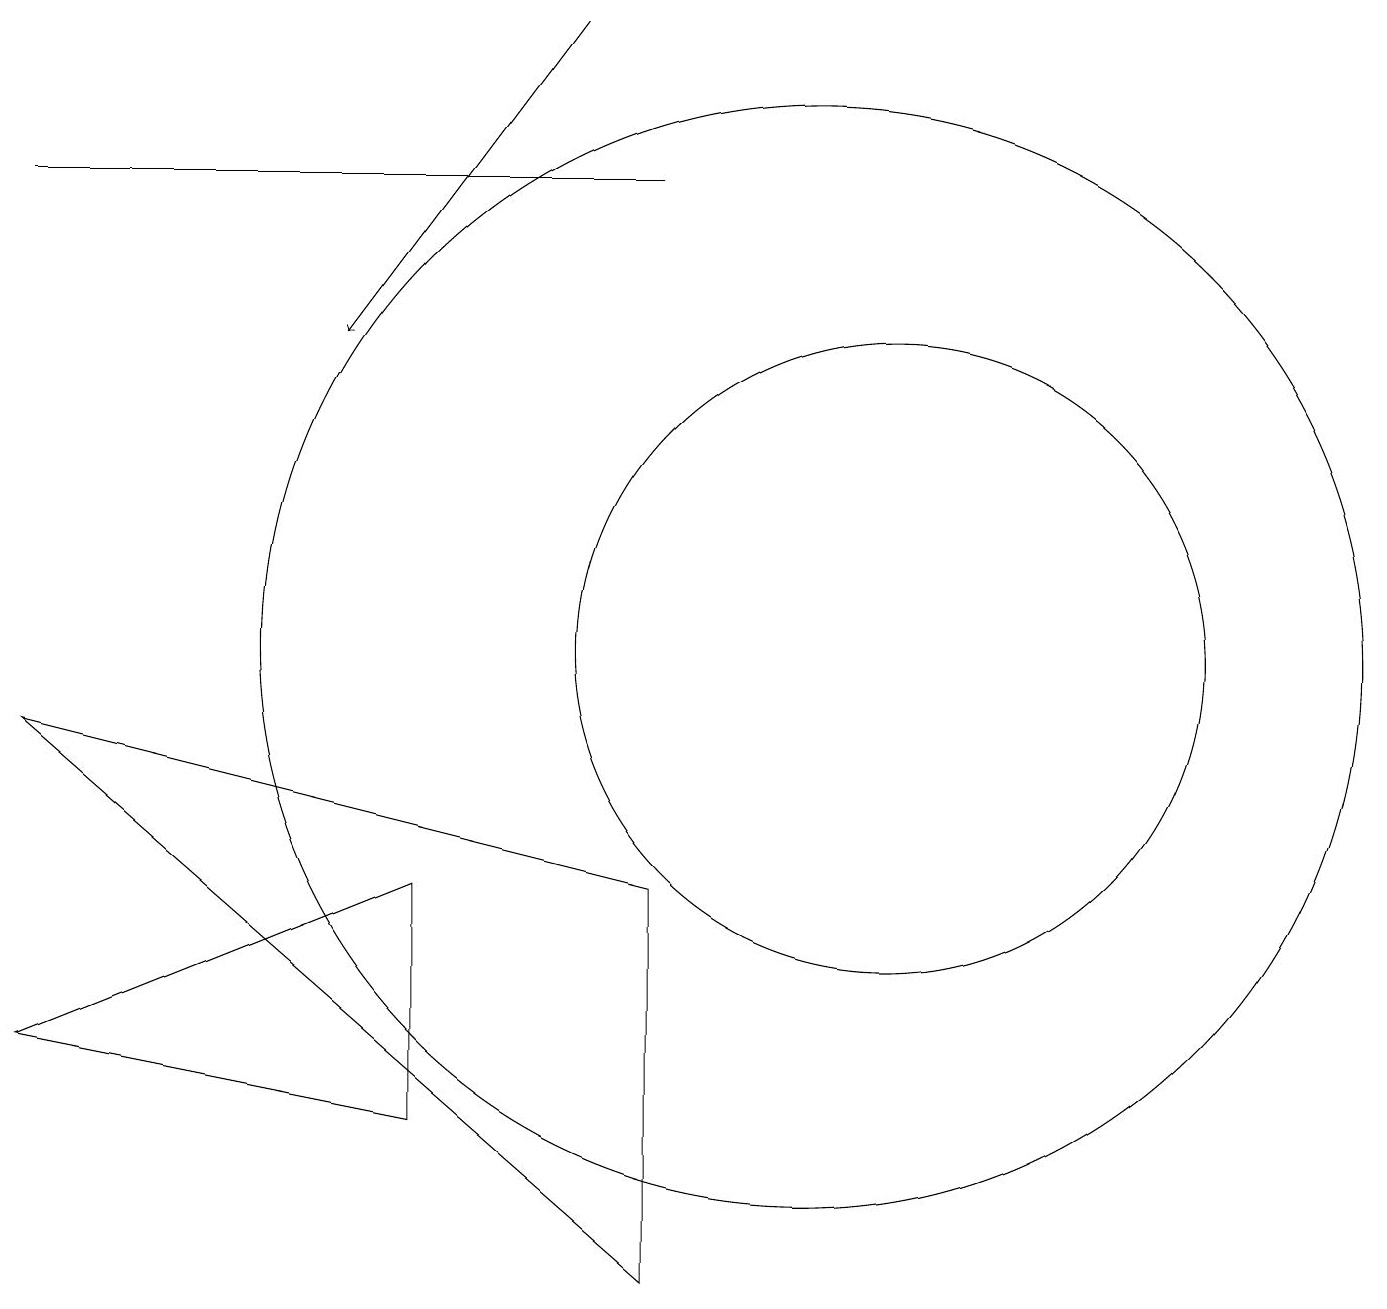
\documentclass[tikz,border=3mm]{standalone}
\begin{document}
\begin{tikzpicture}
\draw (10,10) circle (7);
\draw (11,10) circle (4);
\draw (5,7) -- (0,5) -- (5,4) -- cycle;
\draw (0,16) rectangle (8,16);
\draw (8,2) -- (0,9) -- (8,7) -- cycle;
\draw[->] (7,18) -- (4,14);
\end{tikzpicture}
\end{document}